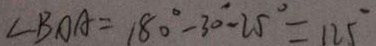
\angle B O A = 1 8 0 ^ { \circ } - 3 0 ^ { \circ } - 2 5 ^ { \circ } = 1 2 5 ^ { \circ }